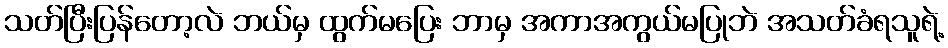
သတ်ပြီးပြန်တော့လဲ ဘယ်မှ ထွက်မပြေး ဘာမှ အကာအကွယ်မပြုဘဲ အသတ်ခံရသူရဲ့